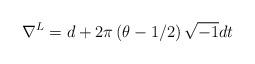
LaTeX: \begin{align*}\nabla^L=d+2\pi \left(\theta-1/2\right)\sqrt{-1}dt\end{align*}